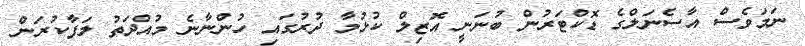
ނަމަވެސް އާސެނަލްގެ ޑޮކްޓަރުން ބުނަނީ އޮޒިލް ކުޅުމާ ދުރުގައި ހުންނާނެ މުއްދަތު ލަފާކުރަން